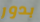
بدور